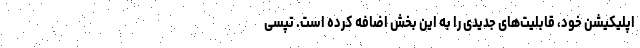
اپلیکیشن خود، قابلیت‌های جدیدی را به این بخش اضافه کرده است. تپسی